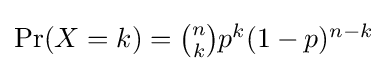
{\textstyle \Pr(X=k)={\binom {n}{k}}p^{k}(1-p)^{n-k}}